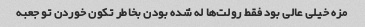
مزه خیلی عالی بود فقط رولت‌ها له شده بودن بخاطر تکون خوردن تو جعبه